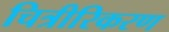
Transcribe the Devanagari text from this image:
चित्रीरिकरण